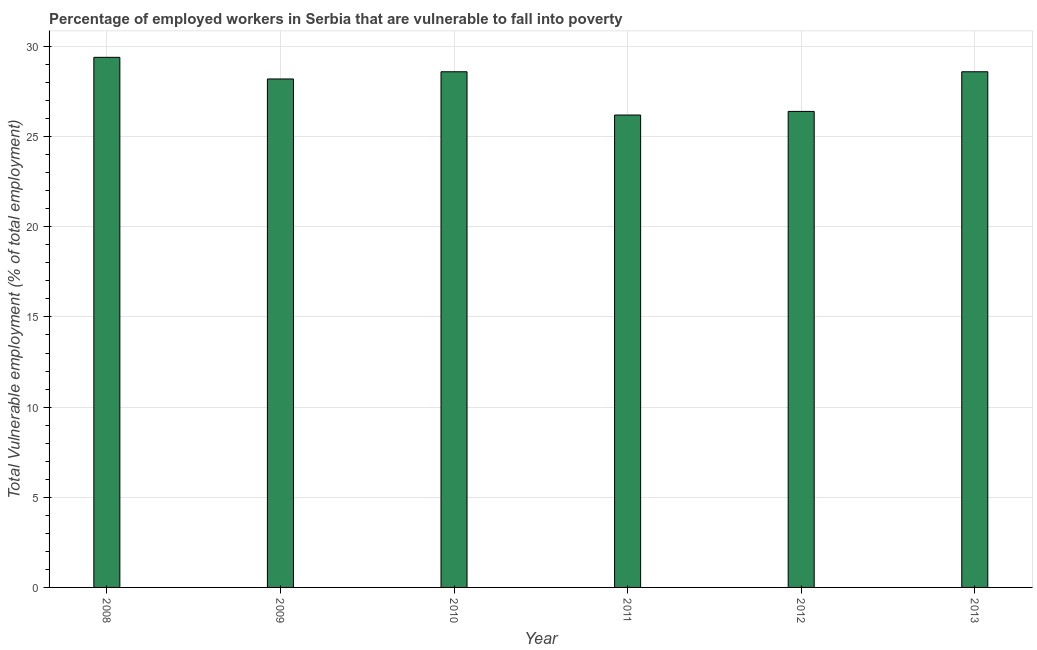
| Year | Vulnerable employment |
 | --- | --- |
 | 2008 | 29.4 |
 | 2009 | 28.2 |
 | 2010 | 28.6 |
 | 2011 | 26.2 |
 | 2012 | 26.4 |
 | 2013 | 28.6 |